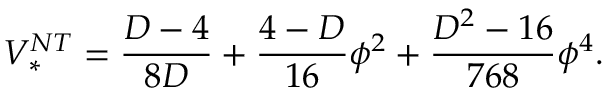
V _ { * } ^ { N T } = \frac { D - 4 } { 8 D } + \frac { 4 - D } { 1 6 } \phi ^ { 2 } + \frac { D ^ { 2 } - 1 6 } { 7 6 8 } \phi ^ { 4 } .